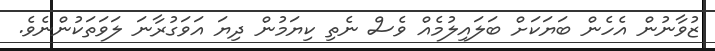
ޒުވާނުން އެހެން ބަޔަކަށް ބަލައިލުމެއް ވެސް ނެތި ކިޔަމުން ދިޔަ އަވަގުރާނަ ލަވަތަކުންނެވެ.